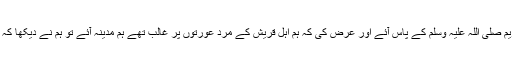
‘‘ اس کے بعد حضرت عمررض ، نبی کریم صلی اللہ علیہ وسلم کے پاس آئے اور عرض کی کہ ہم اہل قریش کے مرد عورتوں پر غالب تھے ہم مدینہ آئے تو ہم نے دیکھا کہ اہل مدینہ کی عورتیں مردوں پر غالب ہیں۔